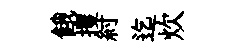
餓攫紂迄炊